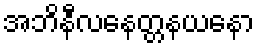
အဘိနီလနေတ္တနယနော